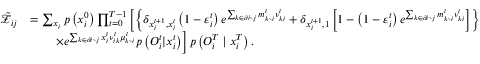
\begin{array} { r l } { \tilde { \mathcal { Z } } _ { i j } } & { = \sum _ { \boldsymbol { x } _ { i } } p \left( x _ { i } ^ { 0 } \right) \prod _ { t = 0 } ^ { T - 1 } \left[ \left\{ \delta _ { x _ { i } ^ { t + 1 } , x _ { i } ^ { t } } \left( 1 - \varepsilon _ { i } ^ { t } \right) e ^ { \sum _ { k \in \partial i \setminus j } m _ { k \setminus i } ^ { t } \nu _ { k i } ^ { t } } + \delta _ { x _ { i } ^ { t + 1 } , 1 } \left[ 1 - \left( 1 - \varepsilon _ { i } ^ { t } \right) e ^ { \sum _ { k \in \partial i \setminus j } m _ { k \setminus i } ^ { t } \nu _ { k i } ^ { t } } \right] \right\} \right. } \\ & { \qquad \left. \times e ^ { \sum _ { k \in \partial i \setminus j } x _ { i } ^ { t } \nu _ { i k } ^ { t } \mu _ { k \setminus i } ^ { t } } p \left( { O } _ { i } ^ { t } | x _ { i } ^ { t } \right) \right] p \left( { O } _ { i } ^ { T } \mid x _ { i } ^ { T } \right) . } \end{array}